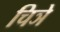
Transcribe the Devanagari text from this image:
चिञे